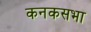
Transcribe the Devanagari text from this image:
कनकसभा